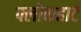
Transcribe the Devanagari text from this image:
फ्लोकहार्ट